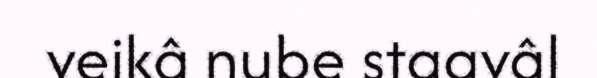
veikâ nube staavâl